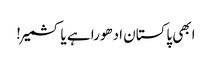
ابھی پاکستان ادھورا ہے یا کشمیر!